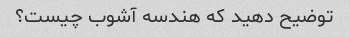
توضیح دهید که هندسه آشوب چیست؟